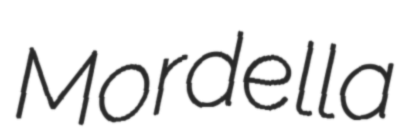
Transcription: Mordella